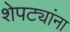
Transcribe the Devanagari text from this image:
शेपट्यांना